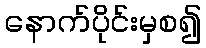
နောက်ပိုင်းမှစ၍